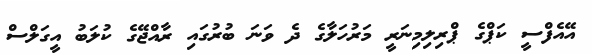
އޭއެފްސީ ކަޕްގެ ޕްރިލިމިނަރީ މަރުހަލާގެ ދެ ވަނަ ބުރުގައި ރާއްޖޭގެ ކުލަބު އީގަލްސް